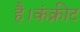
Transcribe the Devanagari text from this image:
है।कंक्रीट